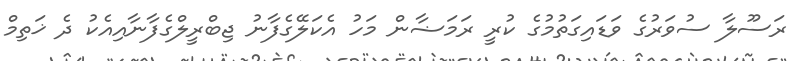
ރަސޫލާ ސުވަރުގެ ވަޑައިގަތުމުގެ ކުރީ ރަމަޟާން މަހު އެކަލޭގެފާނު ޖިބްރީލްގެފާނާއިއެކު ދެ ޚަތިމް